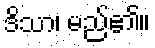
ဒိသာ၊ မည်၏။